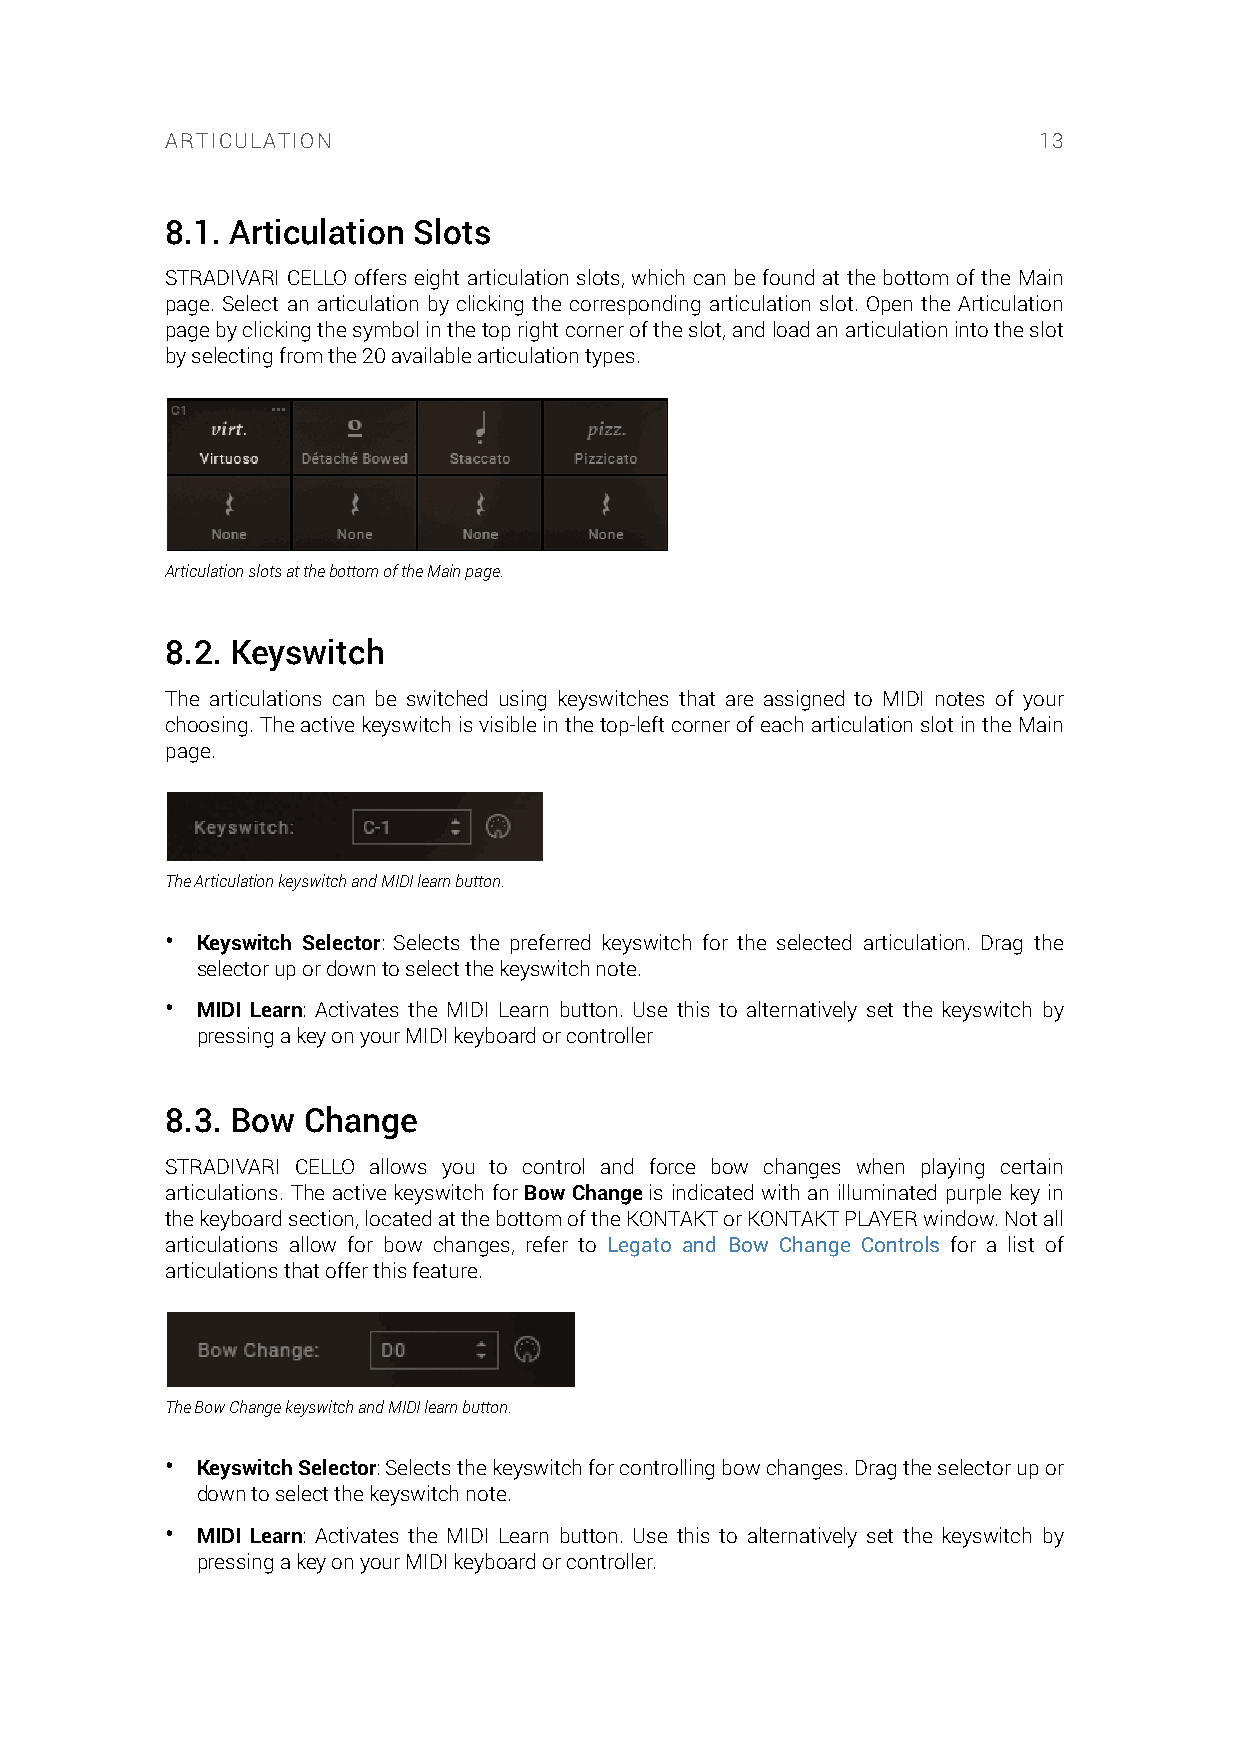
ARTICULATION                                              13
 8.1. Articulation Slots
 STRADIVARI CELLO offers eight articulation slots, which can be found at the bottom of the Main
 page. Select an articulation by clicking the corresponding articulation slot. Open the Articulation
 page by clicking the symbol in the top right corner of the slot, and load an articulation into the slot
 by selecting from the 20 available articulation types.
 Articulation slots at the bottom of the Main page.
 8.2. Keyswitch
 The articulations can be switched using keyswitches that are assigned to MIDI notes of your
 choosing. The active keyswitch is visible in the top-left corner of each articulation slot in the Main
 page.
 The Articulation keyswitch and MIDI learn button.
 • Keyswitch Selector: Selects the preferred keyswitch for the selected articulation. Drag the
 selector up or down to select the keyswitch note.
 • MIDI Learn: Activates the MIDI Learn button. Use this to alternatively set the keyswitch by
 pressing a key on your MIDI keyboard or controller
 8.3. Bow Change
 STRADIVARI CELLO allows you to control and force bow changes when playing certain
 articulations. The active keyswitch for Bow Change is indicated with an illuminated purple key in
 the keyboard section, located at the bottom of the KONTAKT or KONTAKT PLAYER window. Not all
 articulations allow for bow changes, refer to Legato and Bow Change Controls for a list of
 articulations that offer this feature.
 The Bow Change keyswitch and MIDI learn button.
 • Keyswitch Selector: Selects the keyswitch for controlling bow changes. Drag the selector up or
 down to select the keyswitch note.
 • MIDI Learn: Activates the MIDI Learn button. Use this to alternatively set the keyswitch by
 pressing a key on your MIDI keyboard or controller.